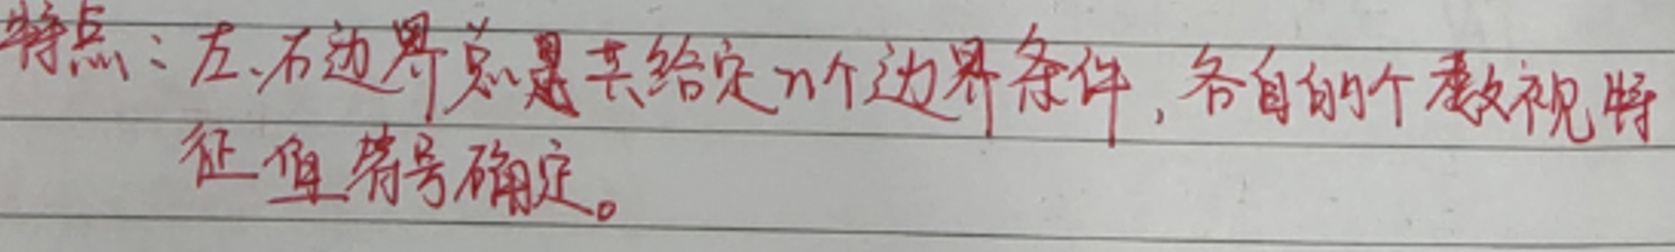
特点：左、右边界总是共给定$n$个边界条件，各自的个数视特征值符号确定。